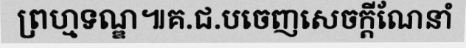
ព្រហ្មទណ្ឌ៕គ.ជ.បចេញសេចក្តីណែនាំ